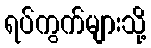
ရပ်ကွက်များသို့